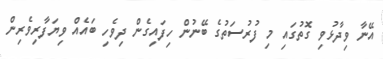
އޭނާ ވިދާޅުވި ގޮތުގައި މި ފުރުސަތުގެ ބޭނުން ހިފައިގެން ދިވެހި ބައެއް ވިޔަފާރިވެރިން